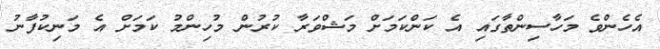
އެހެންވެ މަހާސިންތާގައި އެ ކަންކަމަށް މަޝްވަރާ ކުރުން މުހިންމު ކަމަށް އެ މަނިކުފާނު